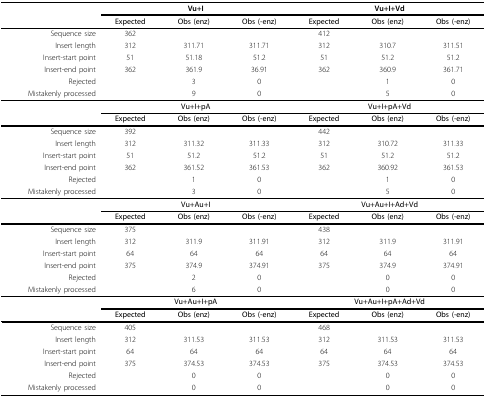
<table><thead><tr><td></td><td colspan="3"><b>Vu+I</b></td><td colspan="3"><b>Vu+I+Vd</b></td></tr></thead><tbody><tr><td></td><td><b>Expected</b></td><td><b>Obs (enz)</b></td><td><b>Obs (-enz)</b></td><td><b>Expected</b></td><td><b>Obs (enz)</b></td><td><b>Obs (-enz)</b></td></tr><tr><td>Sequence size</td><td>362</td><td></td><td></td><td>412</td><td></td><td></td></tr><tr><td>Insert length</td><td>312</td><td>311.71</td><td>311.71</td><td>312</td><td>310.7</td><td>311.51</td></tr><tr><td>Insert-start point</td><td>51</td><td>51.18</td><td>51.2</td><td>51</td><td>51.2</td><td>51.2</td></tr><tr><td>Insert-end point</td><td>362</td><td>361.9</td><td>36.91</td><td>362</td><td>360.9</td><td>361.71</td></tr><tr><td>Rejected</td><td></td><td>3</td><td>0</td><td></td><td>1</td><td>0</td></tr><tr><td>Mistakenly processed</td><td></td><td>9</td><td>0</td><td></td><td>5</td><td>0</td></tr><tr><td></td><td colspan="3"><b>Vu+I+pA</b></td><td colspan="3"><b>Vu+I+pA+Vd</b></td></tr><tr><td></td><td><b>Expected</b></td><td><b>Obs (enz)</b></td><td><b>Obs (-enz)</b></td><td><b>Expected</b></td><td><b>Obs (enz)</b></td><td><b>Obs (-enz)</b></td></tr><tr><td>Sequence size</td><td>392</td><td></td><td></td><td>442</td><td></td><td></td></tr><tr><td>Insert length</td><td>312</td><td>311.32</td><td>311.33</td><td>312</td><td>310.72</td><td>311.33</td></tr><tr><td>Insert-start point</td><td>51</td><td>51.2</td><td>51.2</td><td>51</td><td>51.2</td><td>51.2</td></tr><tr><td>Insert-end point</td><td>362</td><td>361.52</td><td>361.53</td><td>362</td><td>360.92</td><td>361.53</td></tr><tr><td>Rejected</td><td></td><td>1</td><td>0</td><td></td><td>1</td><td>0</td></tr><tr><td>Mistakenly processed</td><td></td><td>3</td><td>0</td><td></td><td>5</td><td>0</td></tr><tr><td></td><td colspan="3"><b>Vu+Au+I</b></td><td colspan="3"><b>Vu+Au+I+Ad+Vd</b></td></tr><tr><td></td><td><b>Expected</b></td><td><b>Obs (enz)</b></td><td><b>Obs (-enz)</b></td><td><b>Expected</b></td><td><b>Obs (enz)</b></td><td><b>Obs (-enz)</b></td></tr><tr><td>Sequence size</td><td>375</td><td></td><td></td><td>438</td><td></td><td></td></tr><tr><td>Insert length</td><td>312</td><td>311.9</td><td>311.91</td><td>312</td><td>311.9</td><td>311.91</td></tr><tr><td>Insert-start point</td><td>64</td><td>64</td><td>64</td><td>64</td><td>64</td><td>64</td></tr><tr><td>Insert-end point</td><td>375</td><td>374.9</td><td>374.91</td><td>375</td><td>374.9</td><td>374.91</td></tr><tr><td>Rejected</td><td></td><td>2</td><td>0</td><td></td><td>0</td><td>0</td></tr><tr><td>Mistakenly processed</td><td></td><td>6</td><td>0</td><td></td><td>0</td><td>0</td></tr><tr><td></td><td colspan="3"><b>Vu+Au+I+pA</b></td><td colspan="3"><b>Vu+Au+I+pA+Ad+Vd</b></td></tr><tr><td></td><td><b>Expected</b></td><td><b>Obs (enz)</b></td><td><b>Obs (-enz)</b></td><td><b>Expected</b></td><td><b>Obs (enz)</b></td><td><b>Obs (-enz)</b></td></tr><tr><td>Sequence size</td><td>405</td><td></td><td></td><td>468</td><td></td><td></td></tr><tr><td>Insert length</td><td>312</td><td>311.53</td><td>311.53</td><td>312</td><td>311.53</td><td>311.53</td></tr><tr><td>Insert-start point</td><td>64</td><td>64</td><td>64</td><td>64</td><td>64</td><td>64</td></tr><tr><td>Insert-end point</td><td>375</td><td>374.53</td><td>374.53</td><td>375</td><td>374.53</td><td>374.53</td></tr><tr><td>Rejected</td><td></td><td>0</td><td>0</td><td></td><td>0</td><td>0</td></tr><tr><td>Mistakenly processed</td><td></td><td>0</td><td>0</td><td></td><td>0</td><td>0</td></tr></tbody></table>